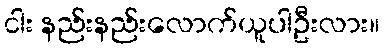
ငါး နည်းနည်းလောက်ယူပါဦးလား။